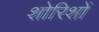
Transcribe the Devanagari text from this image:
शोरिशों